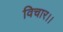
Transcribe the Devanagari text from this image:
विचार।।